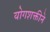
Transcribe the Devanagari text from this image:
योगशक्तीने